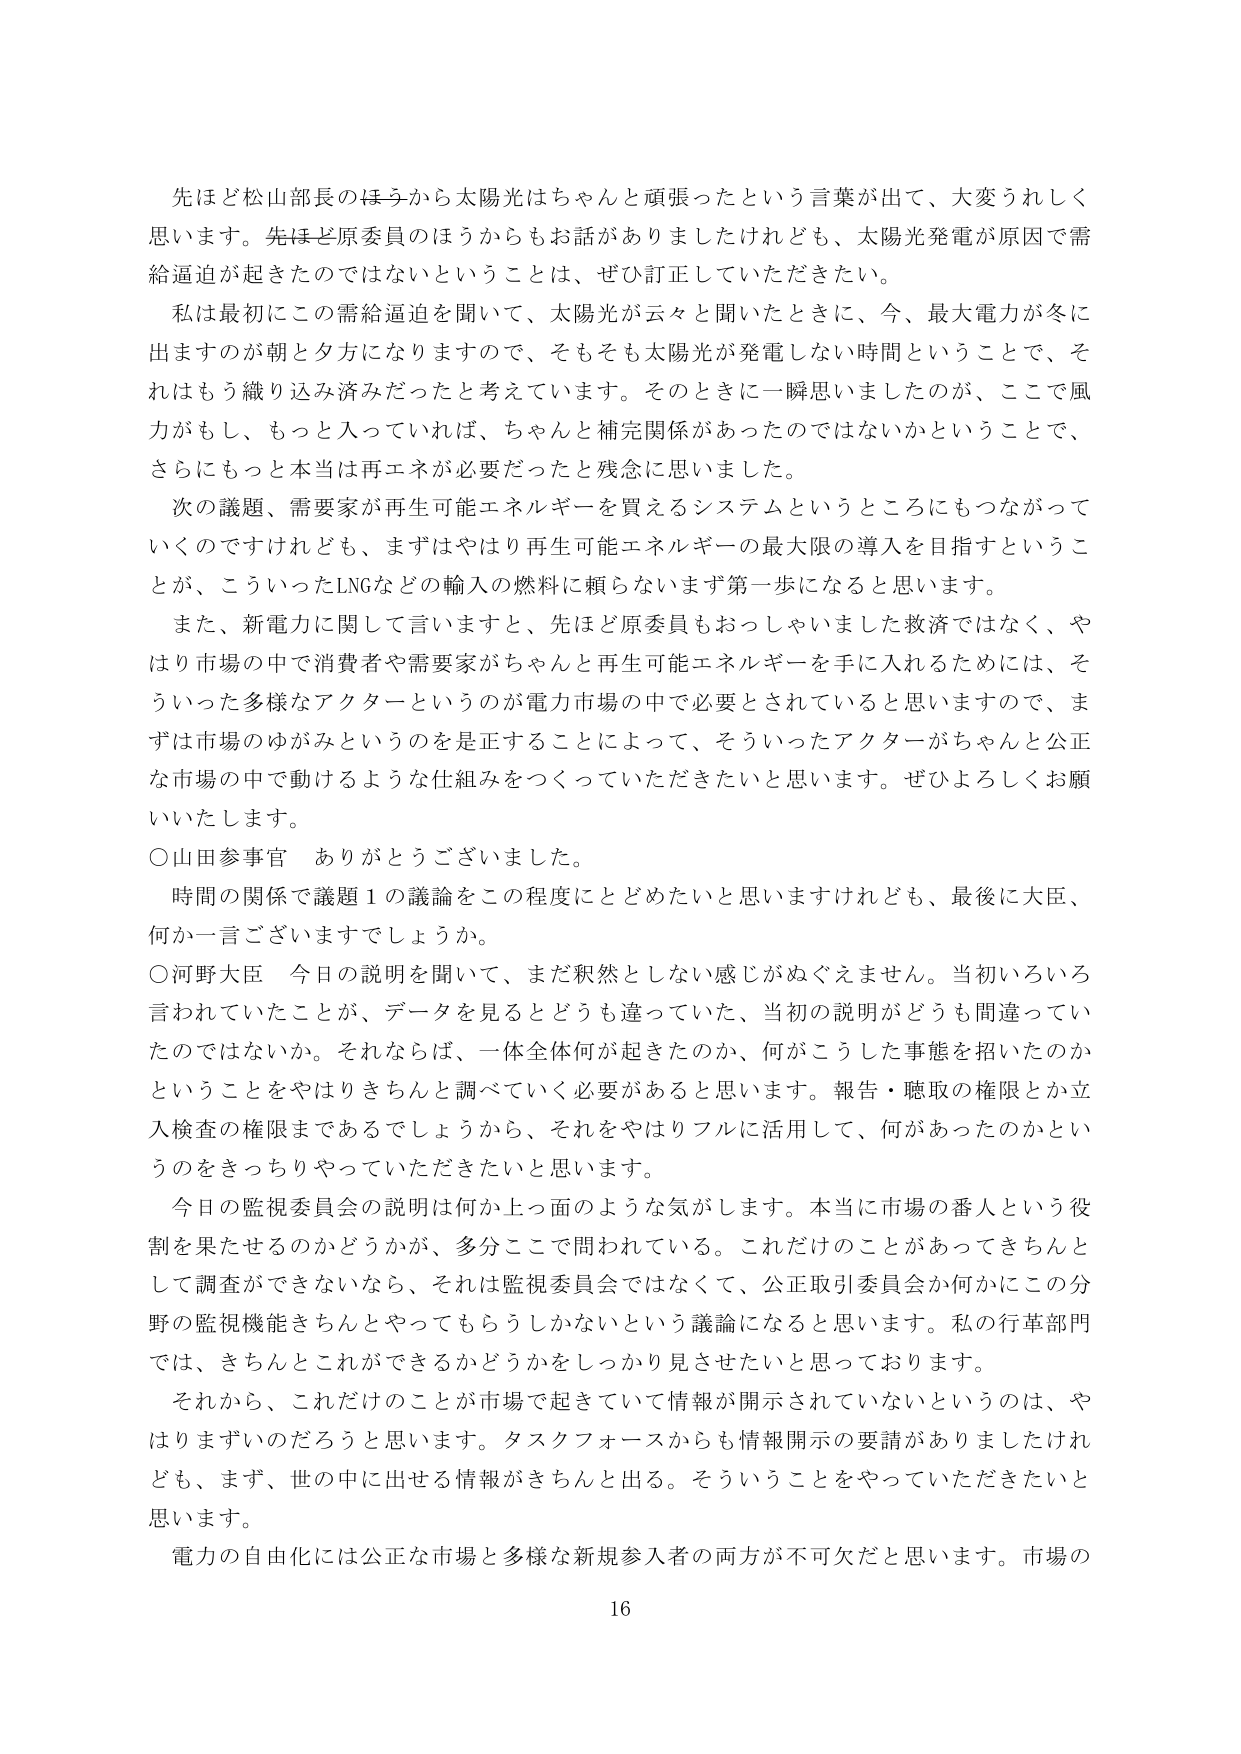
先ほど松山部長のほうから太陽光はちゃんと頑張ったという言葉が出て、大変うれしく思います。先ほど原委員のほうからもお話がありましたけれども、太陽光発電が原因で需給逼迫が起きたのではないということは、ぜひ訂正していただきたい。

私は最初にこの需給逼迫を聞いて、太陽光が云々と聞いたときに、今、最大電力が冬に出ますのが朝と夕方になりますので、そもそも太陽光が発電しない時間ということで、それはもう織り込み済みだったと考えています。そのときに一瞬思いましたのが、ここで風力がもし、もっと入っていれば、ちゃんと補完関係があったのではないかということで、さらにもっと本当は再エネが必要だったと残念に思いました。

次の議題、需要家が再生可能エネルギーを買えるシステムというところにもつながっていくのですけれども、まずはやはり再生可能エネルギーの最大限の導入を目指すということが、こういったLNGなどの輸入の燃料に頼らないまず第一歩になると思います。

また、新電力に関して言いますと、先ほど原委員もおっしゃいました救済ではなく、やはり市場の中で消費者や需要家がちゃんと再生可能エネルギーを手に入れるためには、そういった多様なアクターというのが電力市場の中で必要とされていると思いますので、まずは市場のゆがみというのを是正することによって、そういったアクターがちゃんと公正な市場の中で動けるような仕組みをつくっていただきたいと思います。ぜひよろしくお願いいたします。

○山田参事官　ありがとうございました。

時間の関係で議題１の議論をこの程度にとどめたいと思いますけれども、最後に大臣、何か一言ございますでしょうか。

○河野大臣　今日の説明を聞いて、まだ釈然としない感じがぬぐえません。当初いろいろ言われていたことが、データを見るとどうも違っていて、当初の説明がどうも違っていたのではないか。それならば、一体全体何が起きたのか、何がこうした事態を招いたのかということをやはりきちんと調べていく必要があると思います。報告・聴取の権限とか立入検査の権限まであるでしょうから、それをやはりフルに活用して、何があったのかというのをきっちりやっていただきたいと思います。

今日の監視委員会の説明は何か上っ面のような気がします。本当に市場の番人という役割を果たせるのかどうかが、多分ここで問われている。これだけのことがあってきちんと調査ができないなら、それは監視委員会ではなくて、公正取引委員会か何かにこの分野の監視機能きちんとやってもらうしかないという議論になると思います。私の行革部門では、きちんとこれができるかどうかをしっかり見せたいと思っております。

それから、これだけのことが市場で起きていて情報が開示されていないというのは、やはりまずいのだろうと思います。タスクフォースからも情報開示の要請がありましたけれども、まず、世の中に出せる情報がきちんと出る。そういうことをやっていただきたいと思います。

電力の自由化には公正な市場と多様な新規参入者の両方が不可欠だと思います。市場の

16